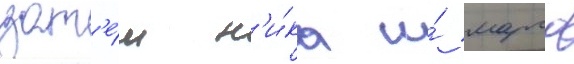
зат'е́м н'и́ка и́ марго